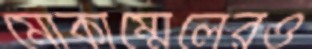
মোকাম্মেলেরও